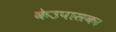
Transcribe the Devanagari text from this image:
केउपासक।